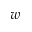
w